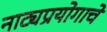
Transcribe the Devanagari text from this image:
नाट्यप्रयोगाचे